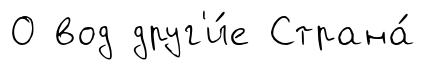
О вод друг'и́е Страна́